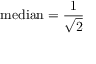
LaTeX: { \mathrm { m e d i a n } } = { \frac { 1 } { \sqrt { 2 } } }